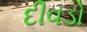
દીવડો